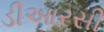
ડીઆરસી